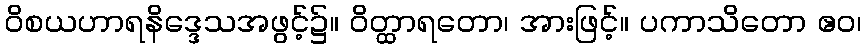
ဝိစယဟာရနိဒ္ဒေသအဖွင့်၌။ ဝိတ္ထာရတော၊ အားဖြင့်။ ပကာသိတော ဧဝ၊